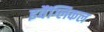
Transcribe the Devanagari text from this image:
इवैंग्लिकल